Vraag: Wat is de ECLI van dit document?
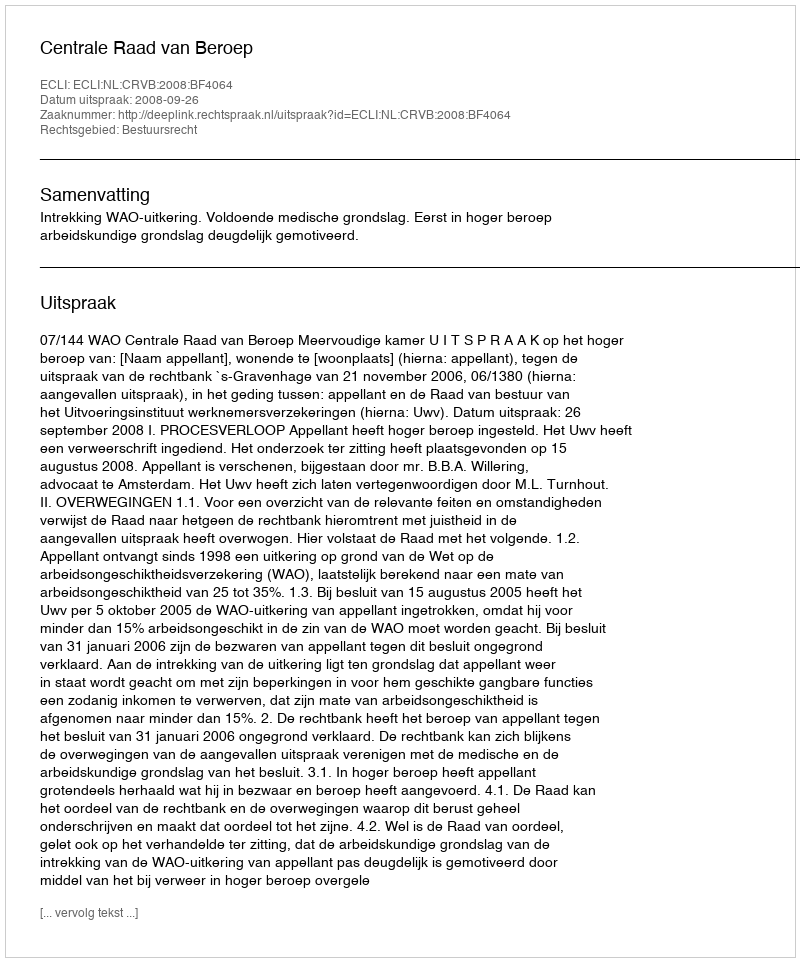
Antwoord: ECLI:NL:CRVB:2008:BF4064